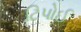
ટિપોઈ